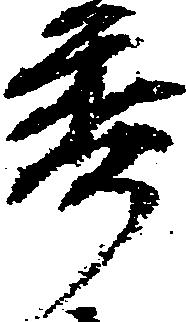
秀